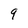
Character: 9